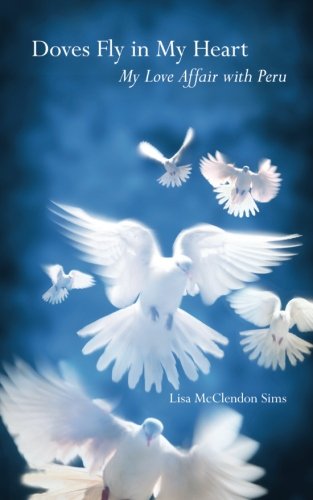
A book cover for Doves Fly In My Heart: My Love Affair With Peru; Lisa McClendon Sims; Travel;